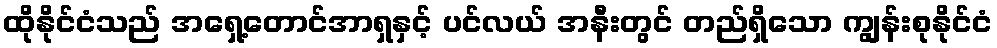
ထိုနိုင်ငံသည် အရှေ့တောင်အာရှနှင့် ပင်လယ် အနီးတွင် တည်ရှိသော ကျွန်းစုနိုင်ငံ